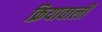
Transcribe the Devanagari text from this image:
क्रियावाली